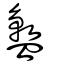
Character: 盭